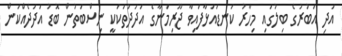
އަދި އަބުރުގެ ބިލުގައި މިހާރު ކަނޑައަޅާފައިވާ ޖޫރިމަނާގެ އަދަދުތަކަކީ ނިސްބަތުން ބޮޑު އަދަދެއްކަން